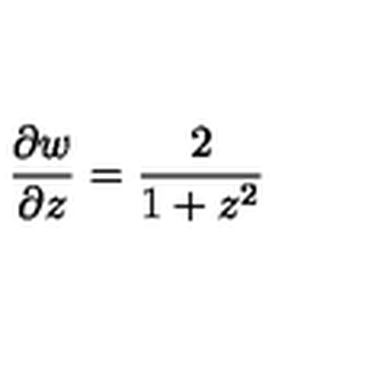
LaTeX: \frac { \partial w } { \partial z } = \frac { 2 } { 1 + z ^ { 2 } }